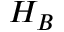
H _ { B }